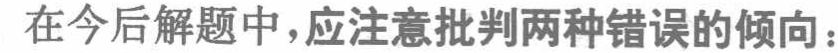
在今后解题中，应注意批判两种错误的倾向：